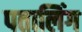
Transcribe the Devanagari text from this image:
पतालिंग